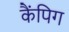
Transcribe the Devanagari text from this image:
कैंपिग